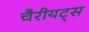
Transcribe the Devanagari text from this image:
चैरीयट्स